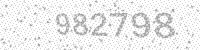
Solution: 982798